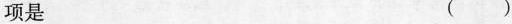
项是 ( )